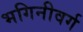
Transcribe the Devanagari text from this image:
भगिनीवर्ग